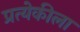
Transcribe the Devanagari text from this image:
प्रत्येकीला